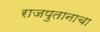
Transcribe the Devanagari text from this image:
राजपुतानाचा